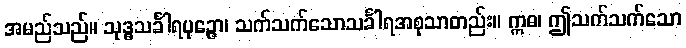
အမည်သည်။ သုဒ္ဓသင်္ခါရပုဉ္ဇော၊ သက်သက်သောသင်္ခါရအစုသာတည်း။ ဣဓ၊ ဤသက်သက်သော